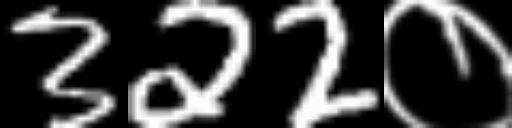
Text: 322०